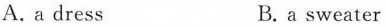
A. a dress B.a sweater